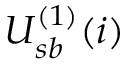
U _ { s b } ^ { ( 1 ) } ( i )